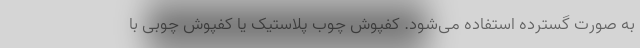
به صورت گسترده استفاده می‌شود. کفپوش چوب پلاستیک یا کفپوش چوبی با